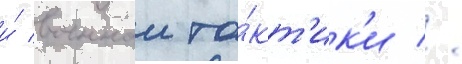
и́ военнои та́кт'ик'и //